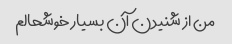
من از شنیدن آن بسیار خوشحالم